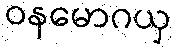
ဝနမောဂယှ